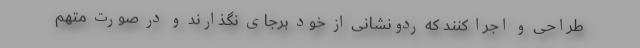
طرّاحی و اجرا کنند که ردّونشانی از خود برجای نگذارند و در صورت متّهم